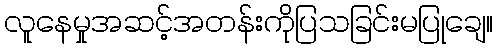
လူနေမှုအဆင့်အတန်းကိုပြသခြင်းမပြုချေ။